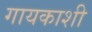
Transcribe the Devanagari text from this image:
गायकाशी